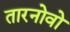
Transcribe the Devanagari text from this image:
तारनोवो